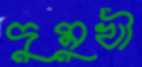
দুমুখী